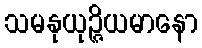
သမနုယုဉ္ဇိယမာနော